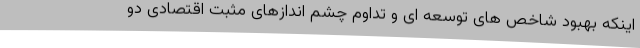
اینکه بهبود شاخص های توسعه ای و تداوم چشم اندازهای مثبت اقتصادی دو